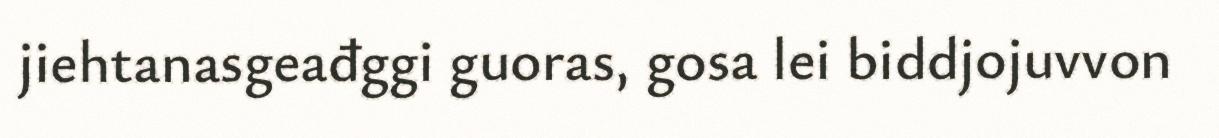
jiehtanasgeađggi guoras, gosa lei biddjojuvvon